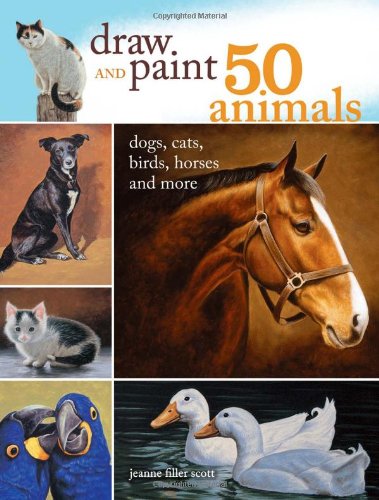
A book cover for Draw and Paint 50 Animals: Dogs, Cats, Birds, Horses and More; Jeanne Filler Scott; Arts & Photography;